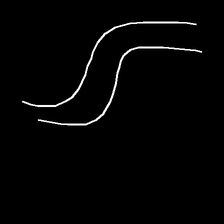
Glyph: float